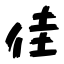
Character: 佳